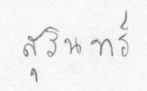
สุรินทร์